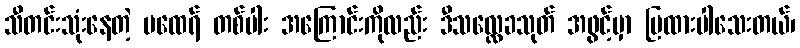
သီတင်းသုံးနေတဲ့ မထေရ် တစ်ပါး အကြောင်းကိုလည်း ဒီသလ္လေခသုတ် အဖွင့်မှာ ပြထားပါသေးတယ်၊